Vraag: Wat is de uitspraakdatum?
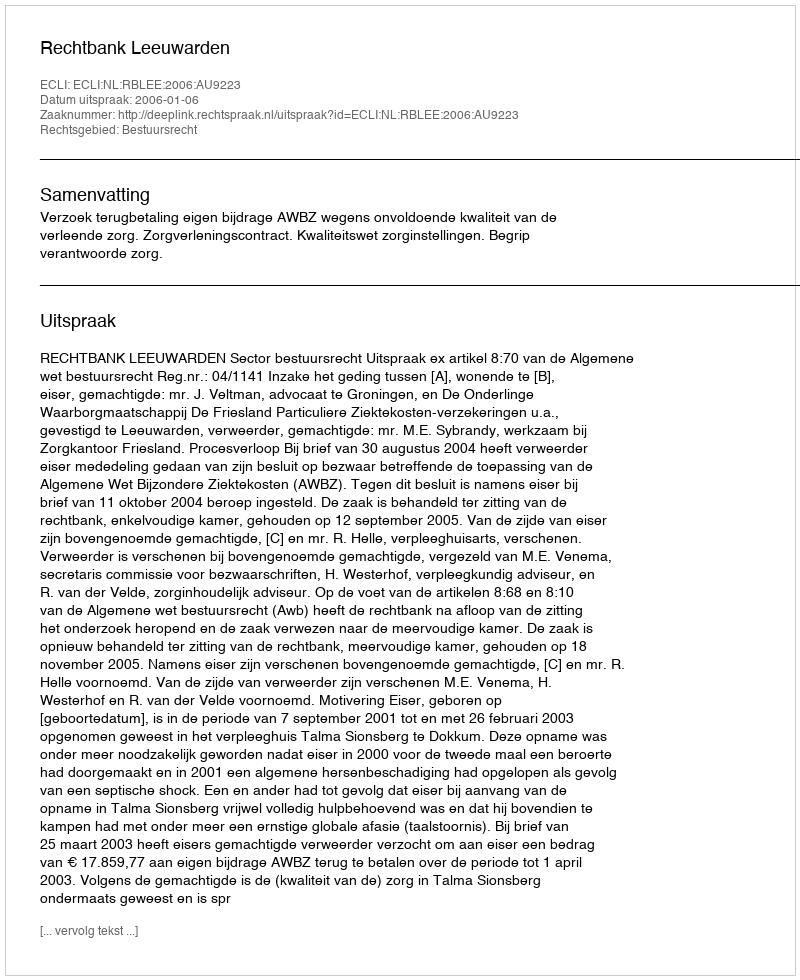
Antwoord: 2006-01-06